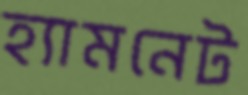
হ্যামনেট